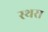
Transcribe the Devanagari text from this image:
स्थरा